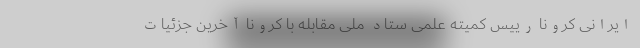
ایرانی کرونا رییس کمیته علمی ستاد ملی مقابله با کرونا آخرین جزئیات